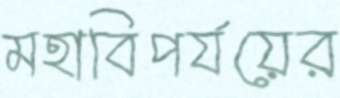
মহাবিপর্যয়ের